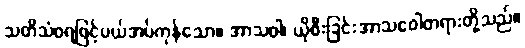
သတိသံဝရဖြင့်ပယ်အပ်ကုန်သော။ အာသဝါ၊ ယိုစီးခြင်းအာသဝေါတရားတို့သည်။